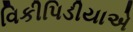
વિકીપિડીયાએ